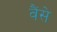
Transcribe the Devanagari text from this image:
वैंसे